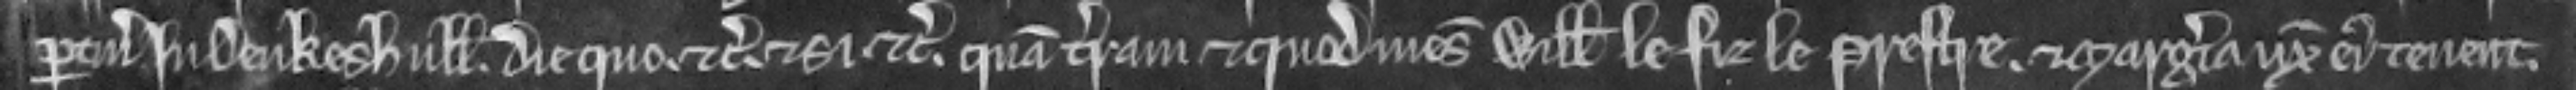
pertinencis Deukeshull die quo etc. et si etc. Quam terram et quod mesuagium Willelmus le Fiz le Prestre et Margeria uxor ejus tenent.